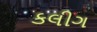
કલીગ